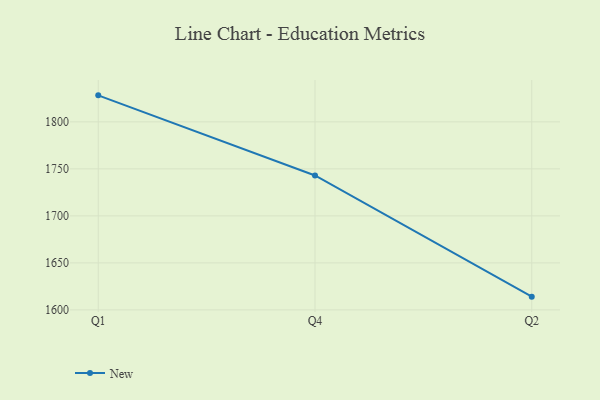
{"axis": {"x": "Quarter", "y": "Inventory Turnover"}, "legend": ["New"], "data": [{"x": "Q1", "y": 1828.2, "type": "New"}, {"x": "Q4", "y": 1743.0, "type": "New"}, {"x": "Q2", "y": 1614.1, "type": "New"}]}